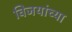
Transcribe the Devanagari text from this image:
विजयांच्या